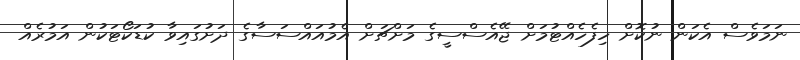
ނަމަވެސް އެކަން ނުކޮށް ހިފެހެއްޓުމަށް ޖޭއެސްސީގެ މަށްޗަށް އެމުއައްސަސާގެ ދަށުގައިވާ ކުޑަކޯޓަކުން އަމުރެއް